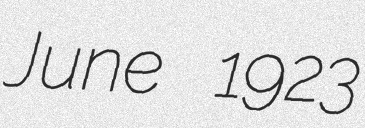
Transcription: June 1923